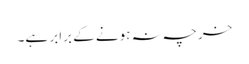
خرچہ نہ ہونے کے برابر ہے۔